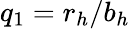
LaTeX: q_{1}=r_{h}/b_{h}